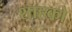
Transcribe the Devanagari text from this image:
शाहको